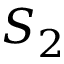
S _ { 2 }